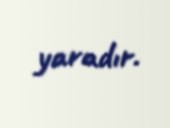
yaradır.